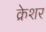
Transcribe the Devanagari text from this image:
क्रेशर